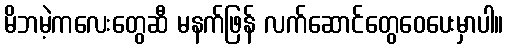
မိဘမဲ့ကလေးတွေဆီ မနက်ဖြန် လက်ဆောင်တွေဝေပေးမှာပါ။